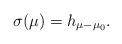
LaTeX: \begin{gather*}\sigma(\mu)=h_{\mu-\mu_0}.\end{gather*}